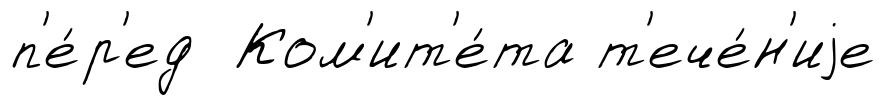
п'е́р'ед Ком'ит'е́та т'ече́н'иjе